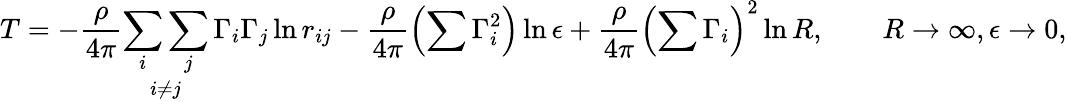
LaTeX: T=-\frac{\rho}{4\pi}\underset{i\neq j}{\sum_{i}\sum_{j}}\, \Gamma_{i}\Gamma_{j}\ln r_{ij}-\frac{\rho}{4\pi}\left(\sum\Gamma_{i}^{2}\right)\ln\epsilon+\frac{\rho}{4\pi}\left(\sum\Gamma_{i}\right)^{2}\ln R,\qquad R\rightarrow\infty,\epsilon\rightarrow 0,